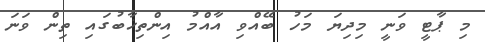
މި ޕާޓީ ވަނީ މިދިޔަ މަހު ބޭއްވި އާއްމު އިންތިޚާބުގައި ތިން ވަނަ